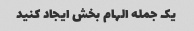
یک جمله الهام بخش ایجاد کنید